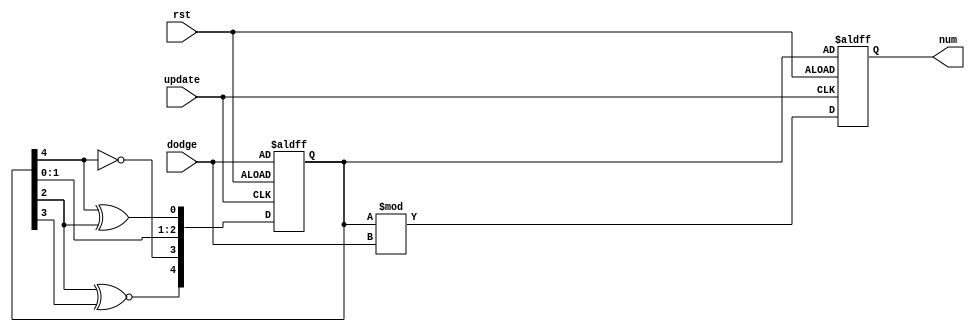
module rand(
    input update,
	 input rst,
	 input [4:0]dodge,
	 output reg [4:0]num);
	 
	 reg [4:0] seed;
	 
	 always @(posedge update or negedge rst) begin
	     if (rst == 1'b0) begin
		      num <= seed;
				seed <= dodge;
			end else begin
			   seed <= {seed[2] ~^ seed[3], !seed[4], seed[1:0], seed[4] ^ seed[2]};
				num <= (seed % dodge);
			end
	 end 
	  
endmodule